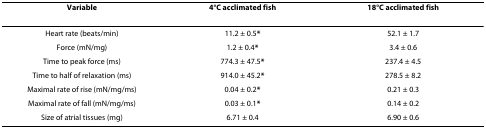
<table><thead><tr><td><b>Variable</b></td><td><b>4°C acclimated fish</b></td><td><b>18°C acclimated fish</b></td></tr></thead><tbody><tr><td>Heart rate (beats/min)</td><td>11.2 ± 0.5<b>*</b></td><td>52.1 ± 1.7</td></tr><tr><td>Force (mN/mg)</td><td>1.2 ± 0.4<b>*</b></td><td>3.4 ± 0.6</td></tr><tr><td>Time to peak force (ms)</td><td>774.3 ± 47.5<b>*</b></td><td>237.4 ± 4.5</td></tr><tr><td>Time to half of relaxation (ms)</td><td>914.0 ± 45.2<b>*</b></td><td>278.5 ± 8.2</td></tr><tr><td>Maximal rate of rise (mN/mg/ms)</td><td>0.04 ± 0.2<b>*</b></td><td>0.21 ± 0.3</td></tr><tr><td>Maximal rate of fall (mN/mg/ms)</td><td>0.03 ± 0.1<b>*</b></td><td>0.14 ± 0.2</td></tr><tr><td>Size of atrial tissues (mg)</td><td>6.71 ± 0.4</td><td>6.90 ± 0.6</td></tr></tbody></table>